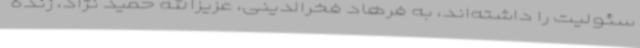
سئولیت را داشته‌اند، به فرهاد فخرالدینی، عزیزالله حمید نژاد، زنده